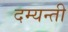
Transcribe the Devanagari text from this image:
दम्यन्ती